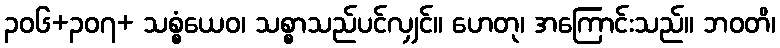
၃၀၆+၃၀၇+ သစ္စံယေဝ၊ သစ္စာသည်ပင်လျှင်။ ဟေတု၊ အကြောင်းသည်။ ဘဝတိ၊